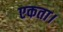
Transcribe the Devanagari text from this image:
एकता।